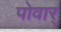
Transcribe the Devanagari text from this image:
पोवार्